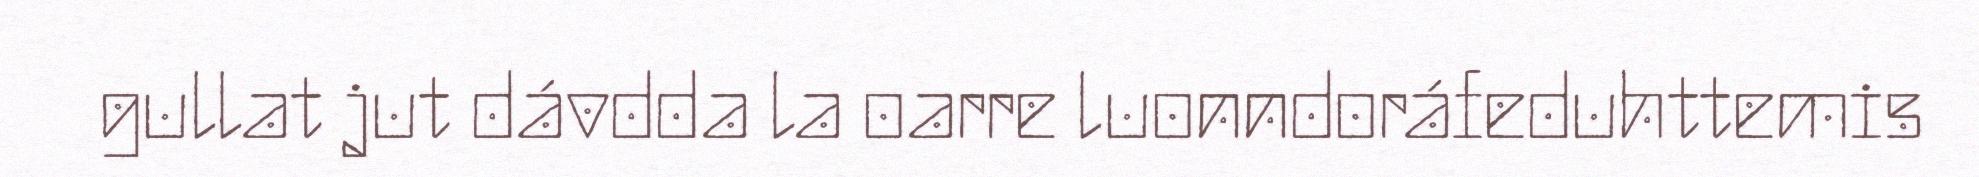
gullat jut dávdda la oarre luonndoráfeduhttemis